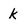
Character: k